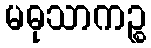
မဓုသာကဉ္စ